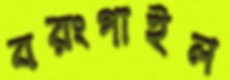
বরংগাইল